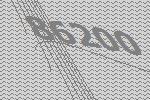
86200